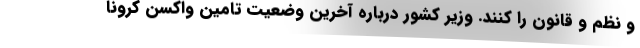
و نظم و قانون را کنند. وزیر کشور درباره آخرین وضعیت تامین واکسن کرونا